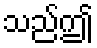
သည်ဤ